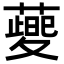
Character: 𦾪